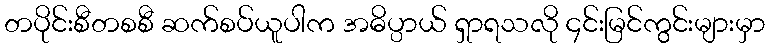
တပိုင်းစီတစစီ ဆက်စပ်ယူပါက အဓိပ္ပာယ် ရှာရသလို ၄င်းမြင်ကွင်းများမှာ